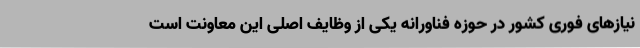
نیازهای فوری کشور در حوزه فناورانه یکی از وظایف اصلی این معاونت است